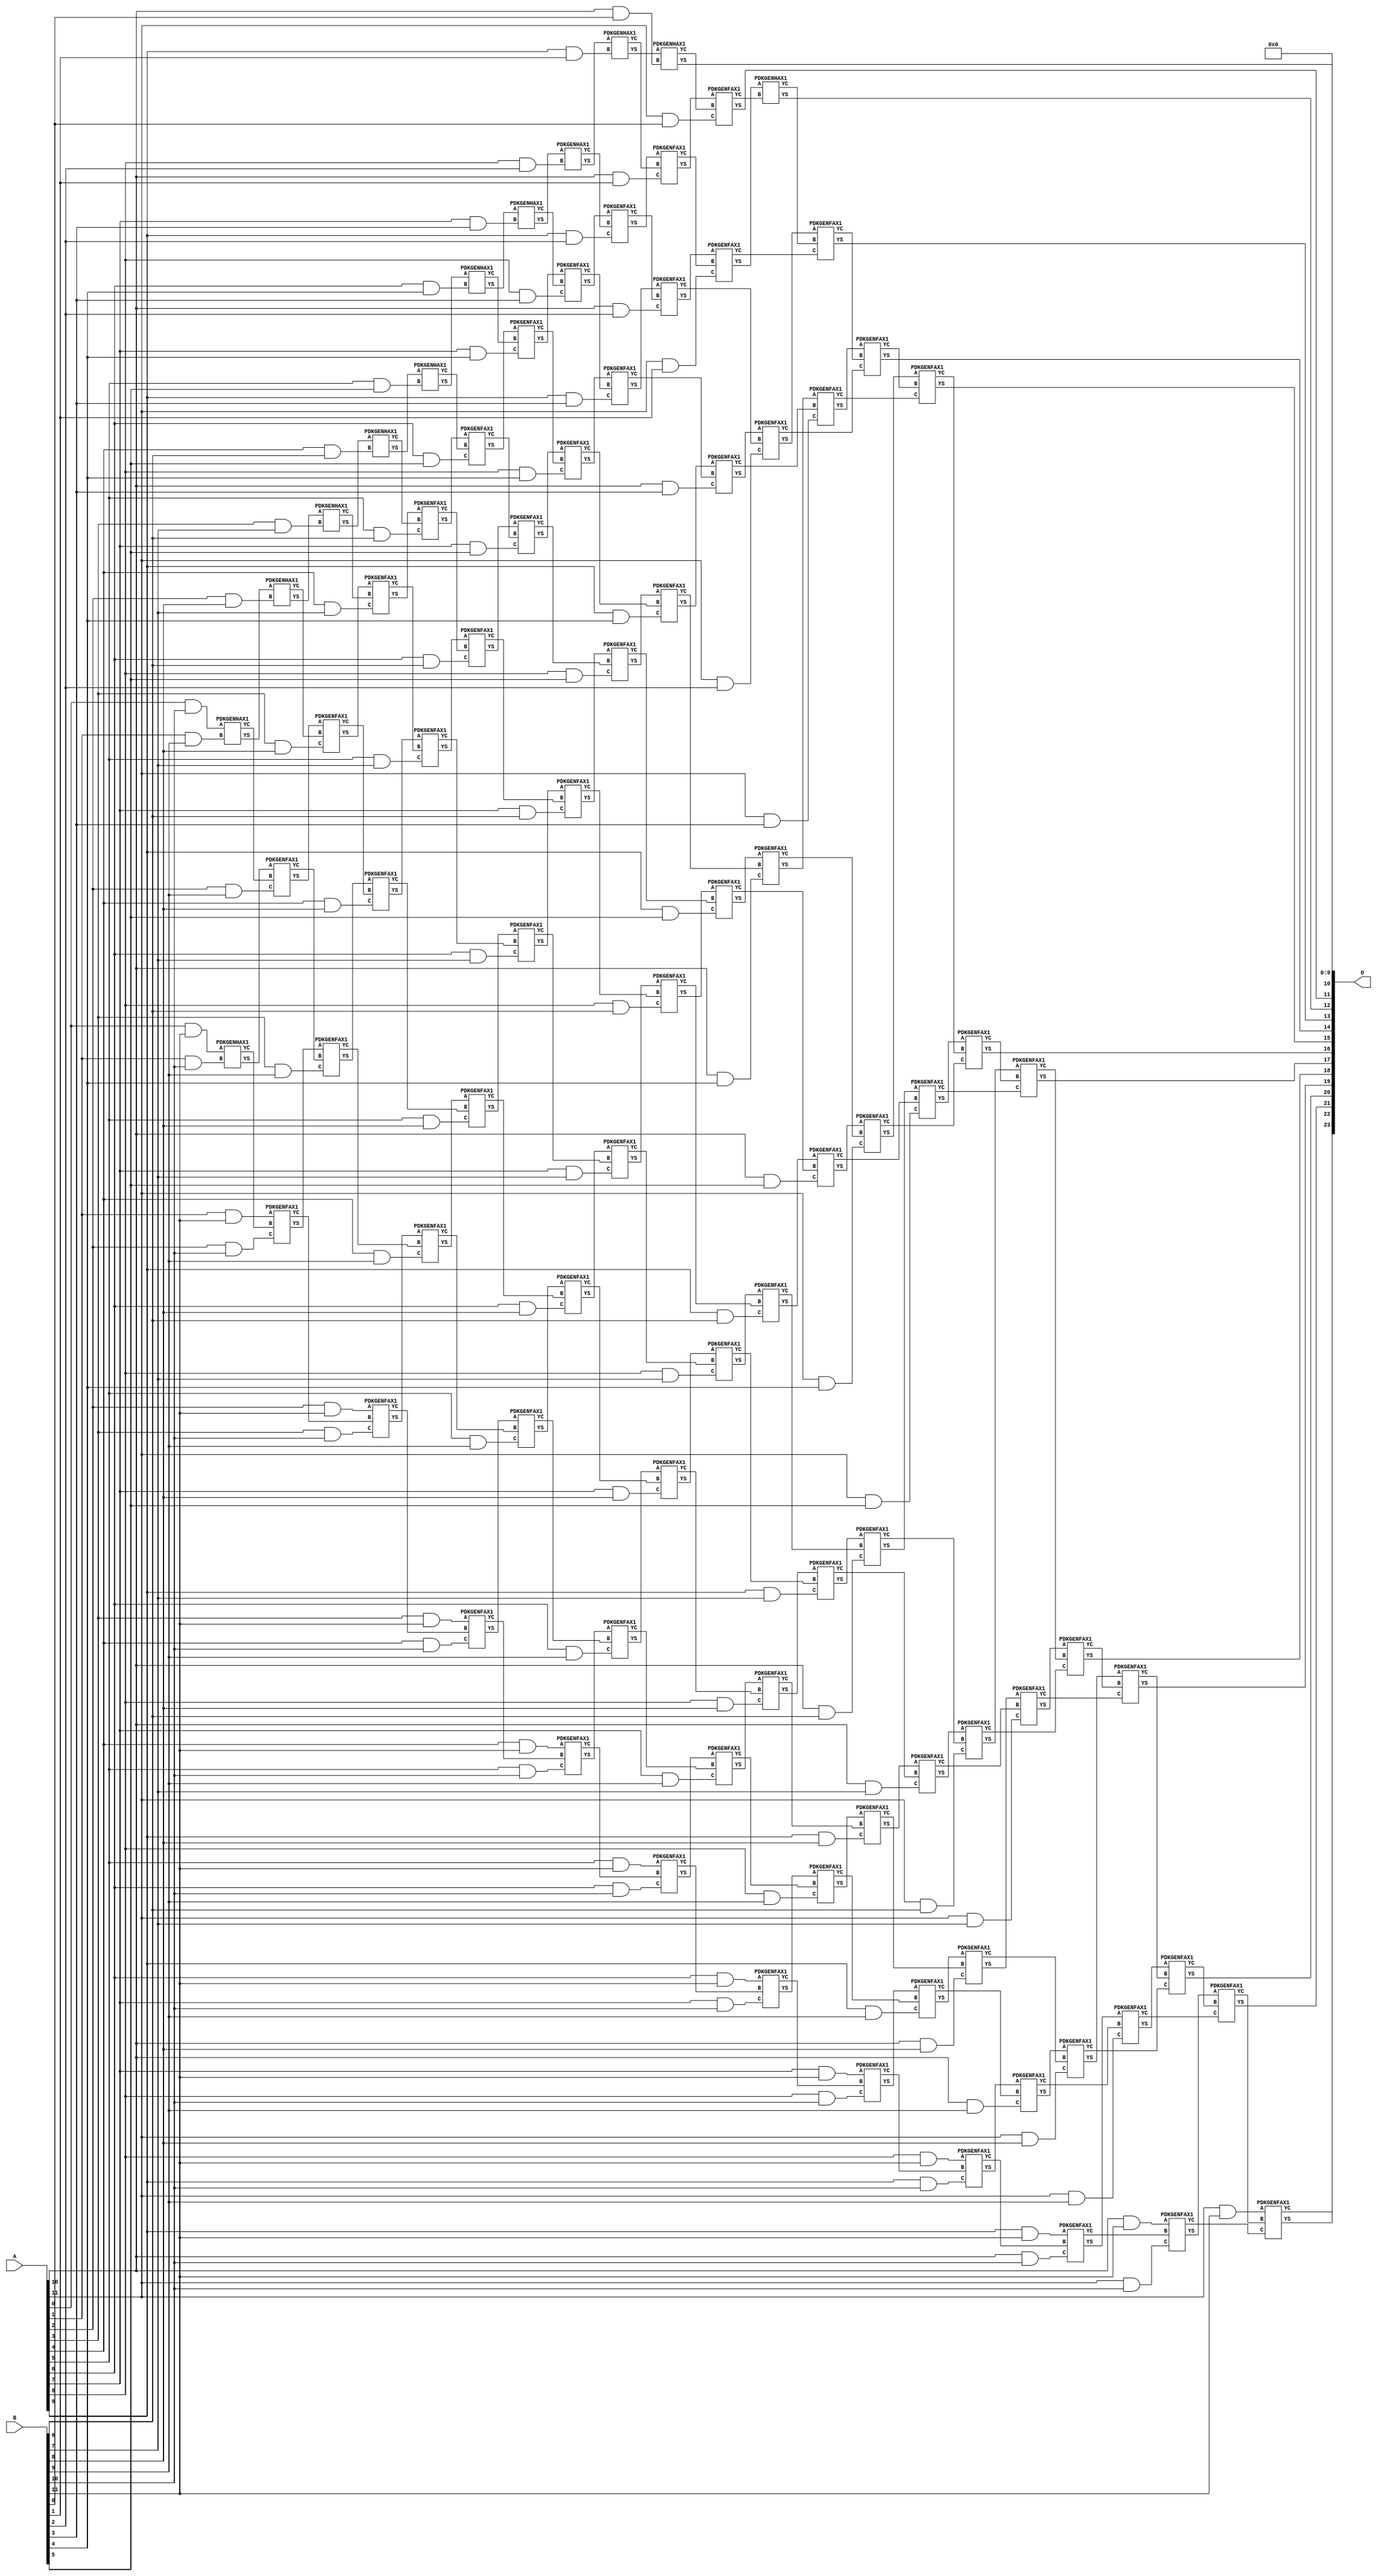
// This program was cloned from: https://github.com/ehw-fit/evoapproxlib
// License: MIT License

/***
* This code is a part of EvoApproxLib library (ehw.fit.vutbr.cz/approxlib) distributed under The MIT License.
* When used, please cite the following article(s): V. Mrazek, Z. Vasicek, L. Sekanina, H. Jiang and J. Han, "Scalable Construction of Approximate Multipliers With Formally Guaranteed Worst Case Error" in IEEE Transactions on Very Large Scale Integration (VLSI) Systems, vol. 26, no. 11, pp. 2572-2576, Nov. 2018. doi: 10.1109/TVLSI.2018.2856362 
* This file contains a circuit from a sub-set of pareto optimal circuits with respect to the pwr and mse parameters
***/
// MAE% = 0.014 %
// MAE = 2304 
// WCE% = 0.055 %
// WCE = 9217 
// WCRE% = 100.00 %
// EP% = 99.41 %
// MRE% = 0.46 %
// MSE = 66132.622e2 
// PDK45_PWR = 0.780 mW
// PDK45_AREA = 1049.8 um2
// PDK45_DELAY = 2.61 ns


module mul12u_2CP ( A, B, O );
  input [11:0] A;
  input [11:0] B;
  output [23:0] O;

  wire C_10_0,C_10_1,C_10_10,C_10_2,C_10_3,C_10_4,C_10_5,C_10_6,C_10_7,C_10_8,C_10_9,C_11_0,C_11_1,C_11_10,C_11_2,C_11_3,C_11_4,C_11_5,C_11_6,C_11_7,C_11_8,C_11_9,C_12_0,C_12_1,C_12_10,C_12_2,C_12_3,C_12_4,C_12_5,C_12_6,C_12_7,C_12_8,C_12_9,C_1_10,C_1_9,C_2_10,C_2_8,C_2_9,C_3_10,C_3_7,C_3_8,C_3_9,C_4_10,C_4_6,C_4_7,C_4_8,C_4_9,C_5_10,C_5_5,C_5_6,C_5_7,C_5_8,C_5_9,C_6_10,C_6_4,C_6_5,C_6_6,C_6_7,C_6_8,C_6_9,C_7_10,C_7_3,C_7_4,C_7_5,C_7_6,C_7_7,C_7_8,C_7_9,C_8_10,C_8_2,C_8_3,C_8_4,C_8_5,C_8_6,C_8_7,C_8_8,C_8_9,C_9_1,C_9_10,C_9_2,C_9_3,C_9_4,C_9_5,C_9_6,C_9_7,C_9_8,C_9_9,S_0_10,S_0_11,S_10_0,S_10_1,S_10_10,S_10_11,S_10_2,S_10_3,S_10_4,S_10_5,S_10_6,S_10_7,S_10_8,S_10_9,S_11_0,S_11_1,S_11_10,S_11_11,S_11_2,S_11_3,S_11_4,S_11_5,S_11_6,S_11_7,S_11_8,S_11_9,S_12_0,S_12_1,S_12_10,S_12_11,S_12_2,S_12_3,S_12_4,S_12_5,S_12_6,S_12_7,S_12_8,S_12_9,S_1_10,S_1_11,S_1_9,S_2_10,S_2_11,S_2_8,S_2_9,S_3_10,S_3_11,S_3_7,S_3_8,S_3_9,S_4_10,S_4_11,S_4_6,S_4_7,S_4_8,S_4_9,S_5_10,S_5_11,S_5_5,S_5_6,S_5_7,S_5_8,S_5_9,S_6_10,S_6_11,S_6_4,S_6_5,S_6_6,S_6_7,S_6_8,S_6_9,S_7_10,S_7_11,S_7_3,S_7_4,S_7_5,S_7_6,S_7_7,S_7_8,S_7_9,S_8_10,S_8_11,S_8_2,S_8_3,S_8_4,S_8_5,S_8_6,S_8_7,S_8_8,S_8_9,S_9_1,S_9_10,S_9_11,S_9_2,S_9_3,S_9_4,S_9_5,S_9_6,S_9_7,S_9_8,S_9_9;

  assign S_0_10 = (A[0] & B[10]);
  assign S_0_11 = (A[0] & B[11]);
  PDKGENHAX1 U15238 (.A(S_0_10), .B((A[1] & B[9])), .YS(S_1_9), .YC(C_1_9));
  PDKGENHAX1 U15239 (.A(S_0_11), .B((A[1] & B[10])), .YS(S_1_10), .YC(C_1_10));
  assign S_1_11 = (A[1] & B[11]);
  PDKGENHAX1 U15249 (.A(S_1_9), .B((A[2] & B[8])), .YS(S_2_8), .YC(C_2_8));
  PDKGENFAX1 U15250 (.A(S_1_10), .B(C_1_9), .C((A[2] & B[9])), .YS(S_2_9), .YC(C_2_9));
  PDKGENFAX1 U15251 (.A(S_1_11), .B(C_1_10), .C((A[2] & B[10])), .YS(S_2_10), .YC(C_2_10));
  assign S_2_11 = (A[2] & B[11]);
  PDKGENHAX1 U15260 (.A(S_2_8), .B((A[3] & B[7])), .YS(S_3_7), .YC(C_3_7));
  PDKGENFAX1 U15261 (.A(S_2_9), .B(C_2_8), .C((A[3] & B[8])), .YS(S_3_8), .YC(C_3_8));
  PDKGENFAX1 U15262 (.A(S_2_10), .B(C_2_9), .C((A[3] & B[9])), .YS(S_3_9), .YC(C_3_9));
  PDKGENFAX1 U15263 (.A(S_2_11), .B(C_2_10), .C((A[3] & B[10])), .YS(S_3_10), .YC(C_3_10));
  assign S_3_11 = (A[3] & B[11]);
  PDKGENHAX1 U15271 (.A(S_3_7), .B((A[4] & B[6])), .YS(S_4_6), .YC(C_4_6));
  PDKGENFAX1 U15272 (.A(S_3_8), .B(C_3_7), .C((A[4] & B[7])), .YS(S_4_7), .YC(C_4_7));
  PDKGENFAX1 U15273 (.A(S_3_9), .B(C_3_8), .C((A[4] & B[8])), .YS(S_4_8), .YC(C_4_8));
  PDKGENFAX1 U15274 (.A(S_3_10), .B(C_3_9), .C((A[4] & B[9])), .YS(S_4_9), .YC(C_4_9));
  PDKGENFAX1 U15275 (.A(S_3_11), .B(C_3_10), .C((A[4] & B[10])), .YS(S_4_10), .YC(C_4_10));
  assign S_4_11 = (A[4] & B[11]);
  PDKGENHAX1 U15282 (.A(S_4_6), .B((A[5] & B[5])), .YS(S_5_5), .YC(C_5_5));
  PDKGENFAX1 U15283 (.A(S_4_7), .B(C_4_6), .C((A[5] & B[6])), .YS(S_5_6), .YC(C_5_6));
  PDKGENFAX1 U15284 (.A(S_4_8), .B(C_4_7), .C((A[5] & B[7])), .YS(S_5_7), .YC(C_5_7));
  PDKGENFAX1 U15285 (.A(S_4_9), .B(C_4_8), .C((A[5] & B[8])), .YS(S_5_8), .YC(C_5_8));
  PDKGENFAX1 U15286 (.A(S_4_10), .B(C_4_9), .C((A[5] & B[9])), .YS(S_5_9), .YC(C_5_9));
  PDKGENFAX1 U15287 (.A(S_4_11), .B(C_4_10), .C((A[5] & B[10])), .YS(S_5_10), .YC(C_5_10));
  assign S_5_11 = (A[5] & B[11]);
  PDKGENHAX1 U15293 (.A(S_5_5), .B((A[6] & B[4])), .YS(S_6_4), .YC(C_6_4));
  PDKGENFAX1 U15294 (.A(S_5_6), .B(C_5_5), .C((A[6] & B[5])), .YS(S_6_5), .YC(C_6_5));
  PDKGENFAX1 U15295 (.A(S_5_7), .B(C_5_6), .C((A[6] & B[6])), .YS(S_6_6), .YC(C_6_6));
  PDKGENFAX1 U15296 (.A(S_5_8), .B(C_5_7), .C((A[6] & B[7])), .YS(S_6_7), .YC(C_6_7));
  PDKGENFAX1 U15297 (.A(S_5_9), .B(C_5_8), .C((A[6] & B[8])), .YS(S_6_8), .YC(C_6_8));
  PDKGENFAX1 U15298 (.A(S_5_10), .B(C_5_9), .C((A[6] & B[9])), .YS(S_6_9), .YC(C_6_9));
  PDKGENFAX1 U15299 (.A(S_5_11), .B(C_5_10), .C((A[6] & B[10])), .YS(S_6_10), .YC(C_6_10));
  assign S_6_11 = (A[6] & B[11]);
  PDKGENHAX1 U15304 (.A(S_6_4), .B((A[7] & B[3])), .YS(S_7_3), .YC(C_7_3));
  PDKGENFAX1 U15305 (.A(S_6_5), .B(C_6_4), .C((A[7] & B[4])), .YS(S_7_4), .YC(C_7_4));
  PDKGENFAX1 U15306 (.A(S_6_6), .B(C_6_5), .C((A[7] & B[5])), .YS(S_7_5), .YC(C_7_5));
  PDKGENFAX1 U15307 (.A(S_6_7), .B(C_6_6), .C((A[7] & B[6])), .YS(S_7_6), .YC(C_7_6));
  PDKGENFAX1 U15308 (.A(S_6_8), .B(C_6_7), .C((A[7] & B[7])), .YS(S_7_7), .YC(C_7_7));
  PDKGENFAX1 U15309 (.A(S_6_9), .B(C_6_8), .C((A[7] & B[8])), .YS(S_7_8), .YC(C_7_8));
  PDKGENFAX1 U15310 (.A(S_6_10), .B(C_6_9), .C((A[7] & B[9])), .YS(S_7_9), .YC(C_7_9));
  PDKGENFAX1 U15311 (.A(S_6_11), .B(C_6_10), .C((A[7] & B[10])), .YS(S_7_10), .YC(C_7_10));
  assign S_7_11 = (A[7] & B[11]);
  PDKGENHAX1 U15315 (.A(S_7_3), .B((A[8] & B[2])), .YS(S_8_2), .YC(C_8_2));
  PDKGENFAX1 U15316 (.A(S_7_4), .B(C_7_3), .C((A[8] & B[3])), .YS(S_8_3), .YC(C_8_3));
  PDKGENFAX1 U15317 (.A(S_7_5), .B(C_7_4), .C((A[8] & B[4])), .YS(S_8_4), .YC(C_8_4));
  PDKGENFAX1 U15318 (.A(S_7_6), .B(C_7_5), .C((A[8] & B[5])), .YS(S_8_5), .YC(C_8_5));
  PDKGENFAX1 U15319 (.A(S_7_7), .B(C_7_6), .C((A[8] & B[6])), .YS(S_8_6), .YC(C_8_6));
  PDKGENFAX1 U15320 (.A(S_7_8), .B(C_7_7), .C((A[8] & B[7])), .YS(S_8_7), .YC(C_8_7));
  PDKGENFAX1 U15321 (.A(S_7_9), .B(C_7_8), .C((A[8] & B[8])), .YS(S_8_8), .YC(C_8_8));
  PDKGENFAX1 U15322 (.A(S_7_10), .B(C_7_9), .C((A[8] & B[9])), .YS(S_8_9), .YC(C_8_9));
  PDKGENFAX1 U15323 (.A(S_7_11), .B(C_7_10), .C((A[8] & B[10])), .YS(S_8_10), .YC(C_8_10));
  assign S_8_11 = (A[8] & B[11]);
  PDKGENHAX1 U15326 (.A(S_8_2), .B((A[9] & B[1])), .YS(S_9_1), .YC(C_9_1));
  PDKGENFAX1 U15327 (.A(S_8_3), .B(C_8_2), .C((A[9] & B[2])), .YS(S_9_2), .YC(C_9_2));
  PDKGENFAX1 U15328 (.A(S_8_4), .B(C_8_3), .C((A[9] & B[3])), .YS(S_9_3), .YC(C_9_3));
  PDKGENFAX1 U15329 (.A(S_8_5), .B(C_8_4), .C((A[9] & B[4])), .YS(S_9_4), .YC(C_9_4));
  PDKGENFAX1 U15330 (.A(S_8_6), .B(C_8_5), .C((A[9] & B[5])), .YS(S_9_5), .YC(C_9_5));
  PDKGENFAX1 U15331 (.A(S_8_7), .B(C_8_6), .C((A[9] & B[6])), .YS(S_9_6), .YC(C_9_6));
  PDKGENFAX1 U15332 (.A(S_8_8), .B(C_8_7), .C((A[9] & B[7])), .YS(S_9_7), .YC(C_9_7));
  PDKGENFAX1 U15333 (.A(S_8_9), .B(C_8_8), .C((A[9] & B[8])), .YS(S_9_8), .YC(C_9_8));
  PDKGENFAX1 U15334 (.A(S_8_10), .B(C_8_9), .C((A[9] & B[9])), .YS(S_9_9), .YC(C_9_9));
  PDKGENFAX1 U15335 (.A(S_8_11), .B(C_8_10), .C((A[9] & B[10])), .YS(S_9_10), .YC(C_9_10));
  assign S_9_11 = (A[9] & B[11]);
  PDKGENHAX1 U15337 (.A(S_9_1), .B((A[10] & B[0])), .YS(S_10_0), .YC(C_10_0));
  PDKGENFAX1 U15338 (.A(S_9_2), .B(C_9_1), .C((A[10] & B[1])), .YS(S_10_1), .YC(C_10_1));
  PDKGENFAX1 U15339 (.A(S_9_3), .B(C_9_2), .C((A[10] & B[2])), .YS(S_10_2), .YC(C_10_2));
  PDKGENFAX1 U15340 (.A(S_9_4), .B(C_9_3), .C((A[10] & B[3])), .YS(S_10_3), .YC(C_10_3));
  PDKGENFAX1 U15341 (.A(S_9_5), .B(C_9_4), .C((A[10] & B[4])), .YS(S_10_4), .YC(C_10_4));
  PDKGENFAX1 U15342 (.A(S_9_6), .B(C_9_5), .C((A[10] & B[5])), .YS(S_10_5), .YC(C_10_5));
  PDKGENFAX1 U15343 (.A(S_9_7), .B(C_9_6), .C((A[10] & B[6])), .YS(S_10_6), .YC(C_10_6));
  PDKGENFAX1 U15344 (.A(S_9_8), .B(C_9_7), .C((A[10] & B[7])), .YS(S_10_7), .YC(C_10_7));
  PDKGENFAX1 U15345 (.A(S_9_9), .B(C_9_8), .C((A[10] & B[8])), .YS(S_10_8), .YC(C_10_8));
  PDKGENFAX1 U15346 (.A(S_9_10), .B(C_9_9), .C((A[10] & B[9])), .YS(S_10_9), .YC(C_10_9));
  PDKGENFAX1 U15347 (.A(S_9_11), .B(C_9_10), .C((A[10] & B[10])), .YS(S_10_10), .YC(C_10_10));
  assign S_10_11 = (A[10] & B[11]);
  PDKGENFAX1 U15349 (.A(S_10_1), .B(C_10_0), .C((A[11] & B[0])), .YS(S_11_0), .YC(C_11_0));
  PDKGENFAX1 U15350 (.A(S_10_2), .B(C_10_1), .C((A[11] & B[1])), .YS(S_11_1), .YC(C_11_1));
  PDKGENFAX1 U15351 (.A(S_10_3), .B(C_10_2), .C((A[11] & B[2])), .YS(S_11_2), .YC(C_11_2));
  PDKGENFAX1 U15352 (.A(S_10_4), .B(C_10_3), .C((A[11] & B[3])), .YS(S_11_3), .YC(C_11_3));
  PDKGENFAX1 U15353 (.A(S_10_5), .B(C_10_4), .C((A[11] & B[4])), .YS(S_11_4), .YC(C_11_4));
  PDKGENFAX1 U15354 (.A(S_10_6), .B(C_10_5), .C((A[11] & B[5])), .YS(S_11_5), .YC(C_11_5));
  PDKGENFAX1 U15355 (.A(S_10_7), .B(C_10_6), .C((A[11] & B[6])), .YS(S_11_6), .YC(C_11_6));
  PDKGENFAX1 U15356 (.A(S_10_8), .B(C_10_7), .C((A[11] & B[7])), .YS(S_11_7), .YC(C_11_7));
  PDKGENFAX1 U15357 (.A(S_10_9), .B(C_10_8), .C((A[11] & B[8])), .YS(S_11_8), .YC(C_11_8));
  PDKGENFAX1 U15358 (.A(S_10_10), .B(C_10_9), .C((A[11] & B[9])), .YS(S_11_9), .YC(C_11_9));
  PDKGENFAX1 U15359 (.A(S_10_11), .B(C_10_10), .C((A[11] & B[10])), .YS(S_11_10), .YC(C_11_10));
  assign S_11_11 = (A[11] & B[11]);
  PDKGENHAX1 U15361 (.A(S_11_1), .B(C_11_0), .YS(S_12_0), .YC(C_12_0));
  PDKGENFAX1 U15362 (.A(S_11_2), .B(C_12_0), .C(C_11_1), .YS(S_12_1), .YC(C_12_1));
  PDKGENFAX1 U15363 (.A(S_11_3), .B(C_12_1), .C(C_11_2), .YS(S_12_2), .YC(C_12_2));
  PDKGENFAX1 U15364 (.A(S_11_4), .B(C_12_2), .C(C_11_3), .YS(S_12_3), .YC(C_12_3));
  PDKGENFAX1 U15365 (.A(S_11_5), .B(C_12_3), .C(C_11_4), .YS(S_12_4), .YC(C_12_4));
  PDKGENFAX1 U15366 (.A(S_11_6), .B(C_12_4), .C(C_11_5), .YS(S_12_5), .YC(C_12_5));
  PDKGENFAX1 U15367 (.A(S_11_7), .B(C_12_5), .C(C_11_6), .YS(S_12_6), .YC(C_12_6));
  PDKGENFAX1 U15368 (.A(S_11_8), .B(C_12_6), .C(C_11_7), .YS(S_12_7), .YC(C_12_7));
  PDKGENFAX1 U15369 (.A(S_11_9), .B(C_12_7), .C(C_11_8), .YS(S_12_8), .YC(C_12_8));
  PDKGENFAX1 U15370 (.A(S_11_10), .B(C_12_8), .C(C_11_9), .YS(S_12_9), .YC(C_12_9));
  PDKGENFAX1 U15371 (.A(S_11_11), .B(C_12_9), .C(C_11_10), .YS(S_12_10), .YC(C_12_10));
  assign S_12_11 = C_12_10;
  assign O = {S_12_11,S_12_10,S_12_9,S_12_8,S_12_7,S_12_6,S_12_5,S_12_4,S_12_3,S_12_2,S_12_1,S_12_0,S_11_0,S_10_0,1'b0,1'b0,1'b0,1'b0,1'b0,1'b0,1'b0,1'b0,1'b0,1'b0};

endmodule

/* mod */
module PDKGENHAX1( input A, input B, output YS, output YC );
    assign YS = A ^ B;
    assign YC = A & B;
endmodule
/* mod */
module PDKGENFAX1( input A, input B, input C, output YS, output YC );
    assign YS = (A ^ B) ^ C;
    assign YC = (A & B) | (B & C) | (A & C);
endmodule